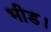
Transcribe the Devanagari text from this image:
भीड।